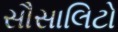
સૌસાલિટો